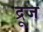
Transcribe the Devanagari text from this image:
द्रूज